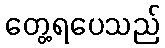
တွေ့ရပေသည်